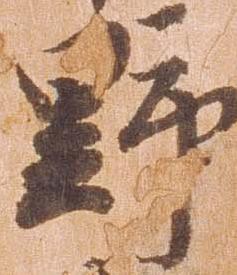
野